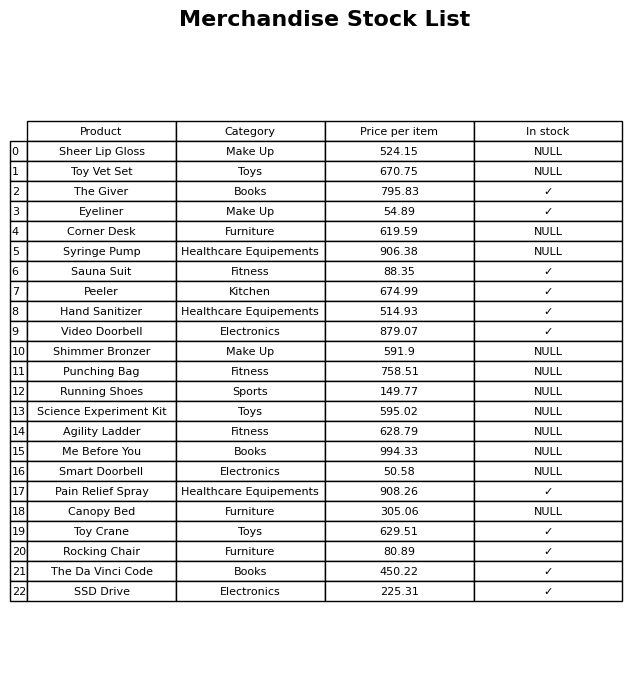
question: Is the Video Doorbell in stock?
answer: ✓